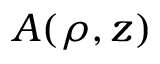
A ( \rho , z )